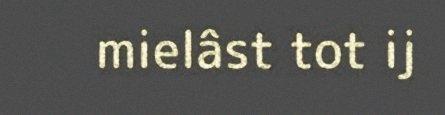
mielâst tot ij